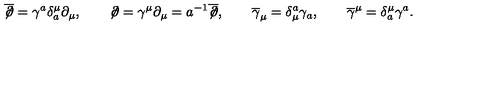
\overline { { \not \! \partial } } = \gamma ^ { a } \delta _ { a } ^ { \mu } \partial _ { \mu } , \qquad \not \! \partial = \gamma ^ { \mu } \partial _ { \mu } = a ^ { - 1 } \overline { { \not \! \partial } } , \qquad \overline { { \gamma } } _ { \mu } = \delta _ { \mu } ^ { a } \gamma _ { a } , \qquad \overline { { \gamma } } ^ { \mu } = \delta _ { a } ^ { \mu } \gamma ^ { a } .